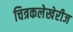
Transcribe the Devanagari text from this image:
चित्रकलेखेरीज